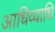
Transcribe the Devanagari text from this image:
आधिव्याधि